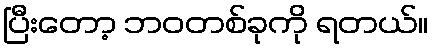
ပြီးတော့ ဘဝတစ်ခုကို ရတယ်။